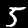
Label: 5